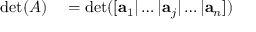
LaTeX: \begin{array} { r l } { \operatorname* { d e t } ( A ) } & { { } = \operatorname* { d e t } ( [ \mathbf { a } _ { 1 } | \dots | \mathbf { a } _ { j } | \dots | \mathbf { a } _ { n } ] ) } \end{array}